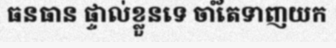
ធនធាន ផ្ទាល់ខ្លួនទេ ចាំតែទាញយក